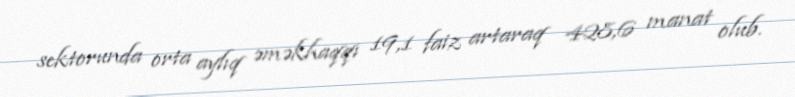
sektorunda orta aylıq əməkhaqqı 19,1 faiz artaraq 428,6 manat olub.